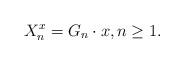
LaTeX: \begin{align*}X_n^x = G_n \cdot x, n \geq 1. \end{align*}